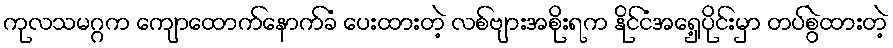
ကုလသမဂ္ဂက ကျောထောက်နောက်ခံ ပေးထားတဲ့ လစ်ဗျားအစိုးရက နိုင်ငံအရှေ့ပိုင်းမှာ တပ်စွဲထားတဲ့